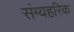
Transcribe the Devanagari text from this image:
संग्यहरिक